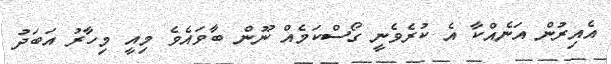
އެއިރުން އަނެއްކާ އެ ކުރެވެނީ ގޯސްކަމެއް ނޫން ބާވައެވެ މިއީ މިހާރު އަބަދު